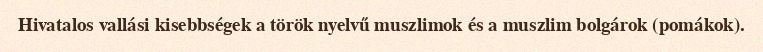
Hivatalos vallási kisebbségek a török nyelvű muszlimok és a muszlim bolgárok (pomákok).